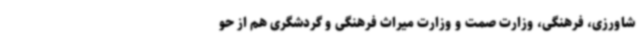
شاورزی، فرهنگی، وزارت صمت و وزارت میراث فرهنگی و گردشگری هم از حو